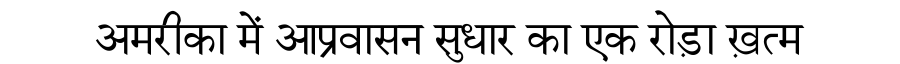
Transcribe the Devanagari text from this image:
अमरीका में आप्रवासन सुधार का एक रोड़ा ख़त्म